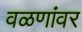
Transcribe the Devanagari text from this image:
वळणांवर